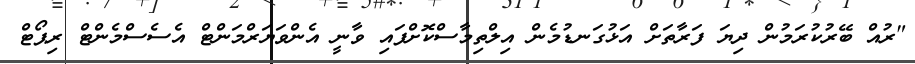
"ރުއް ބޭރުކުރަމުން ދިޔަ ފަރާތަށް އަޅުގަނޑުމެން އިލްތިމާސްކޮށްފައި ވާނީ އެންވަޔަރްމަންޓް އެސެސްމެންޓް ރިޕޯޓް